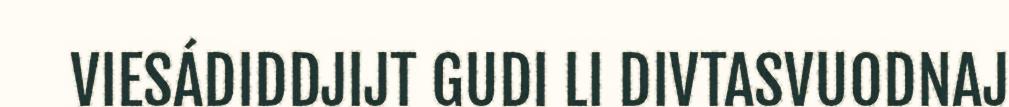
VIESÁDIDDJIJT GUDI LI DIVTASVUODNAJ